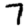
Digit: 7